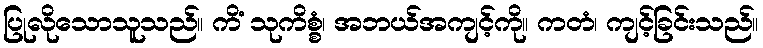
ပြုလိုသောသူသည်။ ကိံ သုကိစ္စံ၊ အဘယ်အကျင့်ကို။ ကတံ၊ ကျင့်ခြင်းသည်။